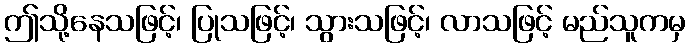
ဤသို့နေသဖြင့်၊ ပြုသဖြင့်၊ သွားသဖြင့်၊ လာသဖြင့် မည်သူကမှ